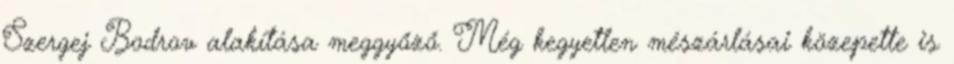
Szergej Bodrov alakítása meggyőző. Még kegyetlen mészárlásai közepette is